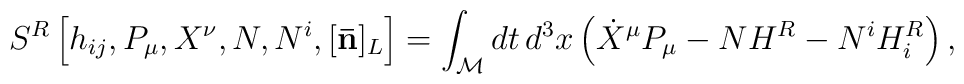
{}S^R \left[ h_{ij}, P_\mu, X^\nu, N, N^i, [{\bf \bar{n}}]_L \right] =\int_{\cal M} dt \, d^3x \left( \dot{X}^\mu P_\mu - NH^R - N^i H^R_i\right),